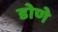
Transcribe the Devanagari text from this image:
डोणे